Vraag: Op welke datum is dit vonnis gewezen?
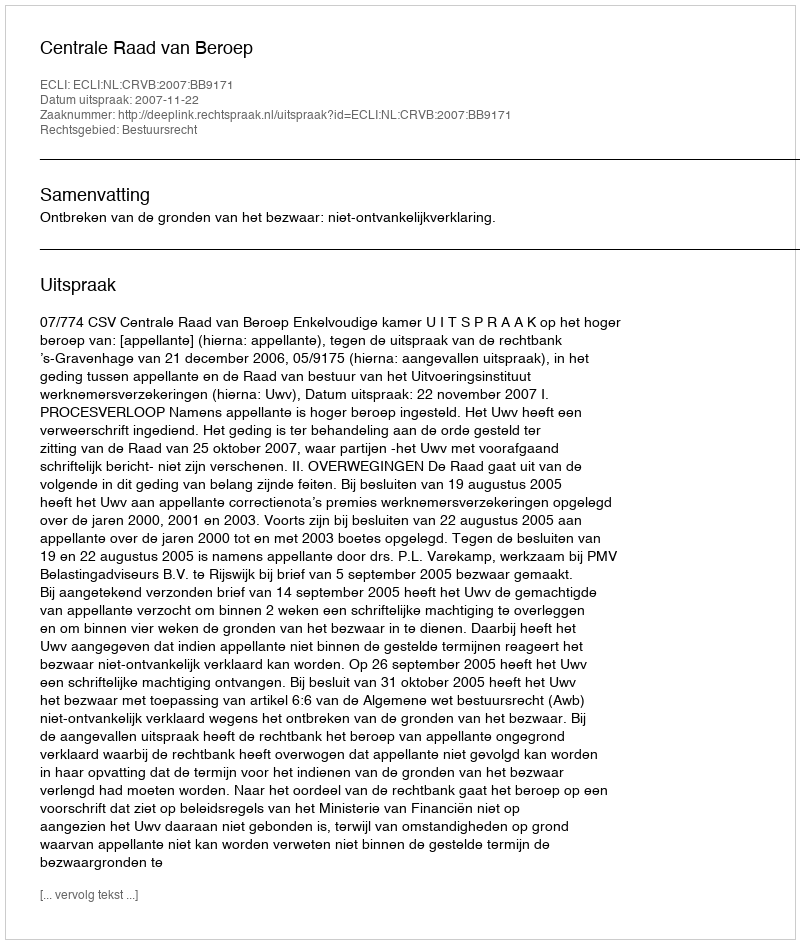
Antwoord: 2007-11-22